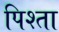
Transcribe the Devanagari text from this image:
पिश्ता